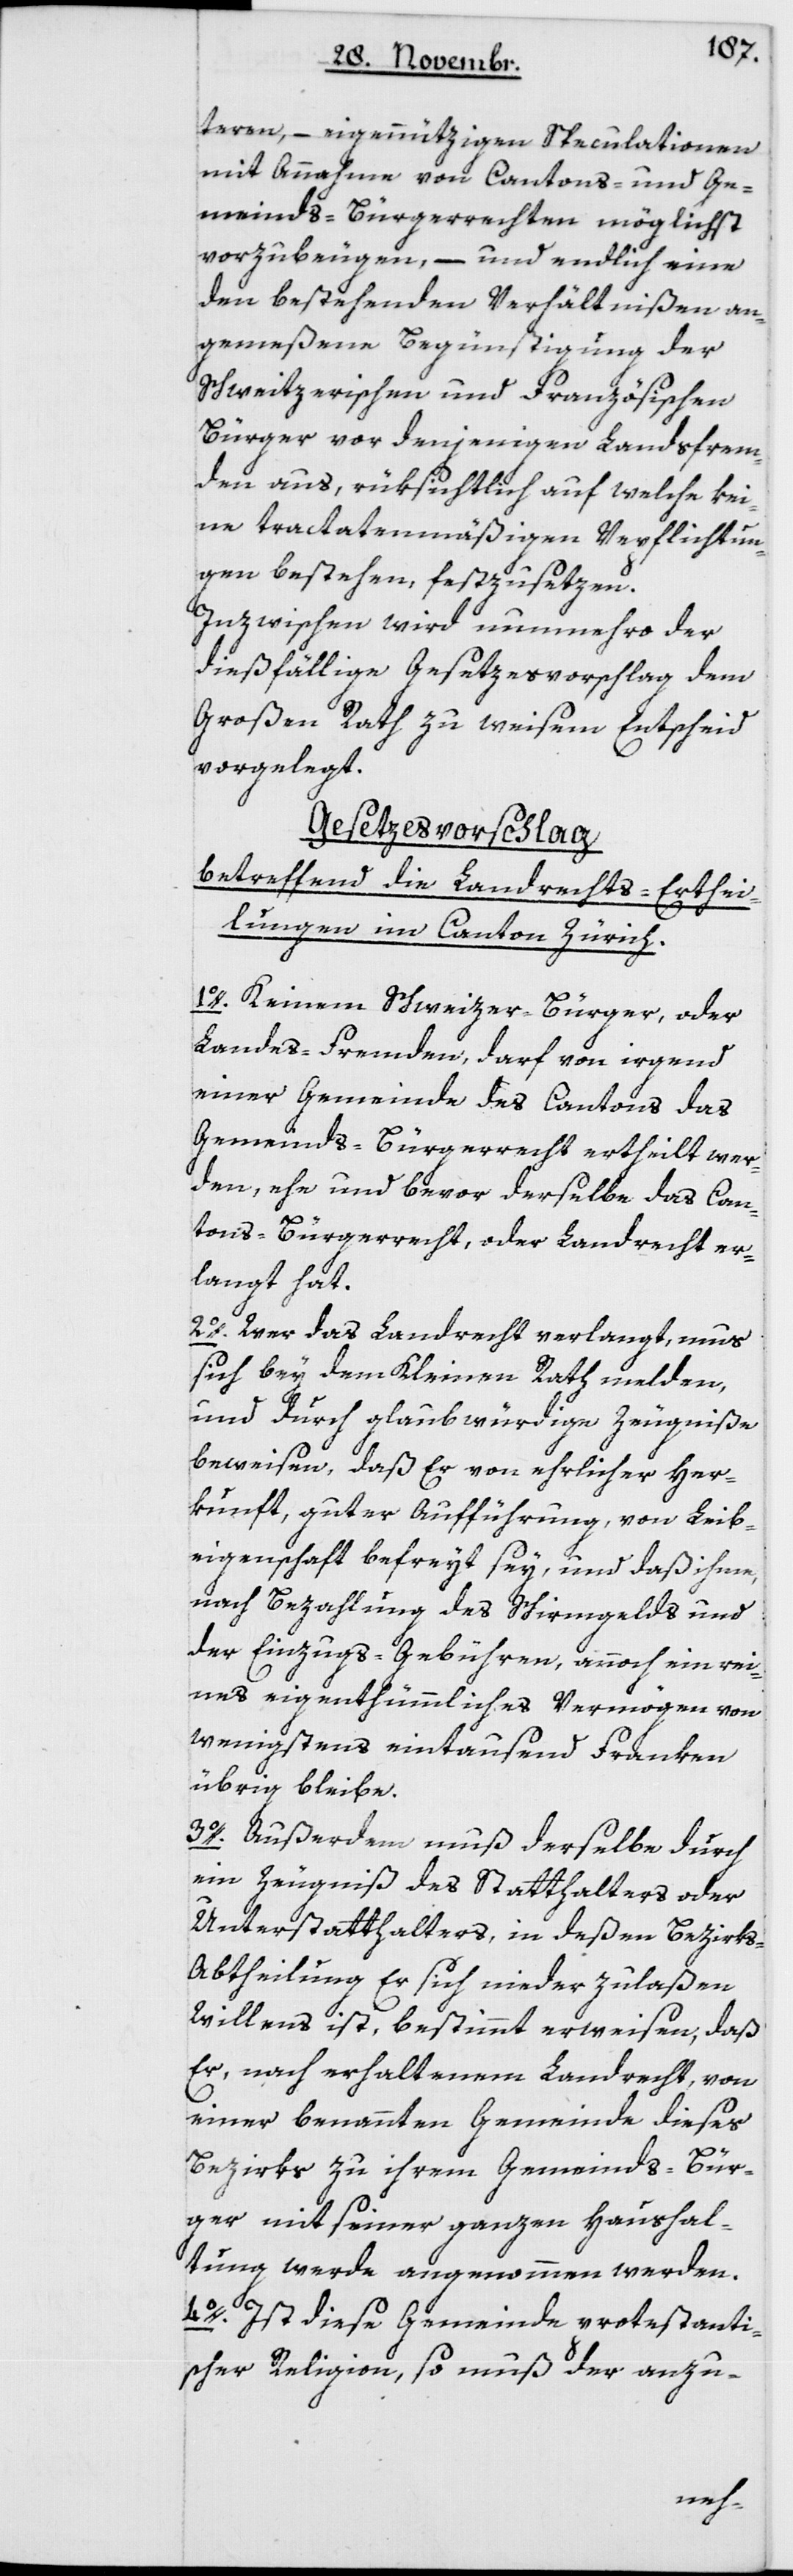
teren, – eigennützigen Speculationen
mit Annahme von Cantons- und Ge¬
meinds-Bürgerrechten möglichst
vorzubeugen, – und endlich eine
den bestehenden Verhältnißen an¬
gemeßene Begünstigung der
Schweitzerischen und Französischen
Bürger vor denjenigen Landsfrem¬
den aus, rüksichtlich auf welche kei¬
ne tractatenmäßigen Verpflichtun¬
gen bestehen, festzusetzen.
Inzwischen wird nunmehro der
diesfällige Gesetzesvorschlag dem
Großen Rath zu weisem Entscheid
vorgelegt.
Gesetzesvorschlag
betreffend die Landrechts-Erthei¬
lungen im Canton Zürich.
1. Keinem Schweizer-Bürger oder
Landes-Fremden darf von irgend
einer Gemeinde des Cantons das
Gemeinds-Bürgerrecht ertheilt wer¬
den, ehe und bevor derselbe das Can¬
tons-Bürgerrecht oder Landrecht er¬
langt hat.
2. Wer das Landrecht verlangt, mus
sich bey dem Kleinen Rath melden,
und durch glaubwürdige Zeugniße
beweisen, daß Er von ehrlicher Her¬
kunft, guter Aufführung, von Leib¬
eigenschaft befreyt sey, und daß ihme,
nach Bezahlung des Schirmgelds und
der Einzugs-Gebühren, annoch ein rei¬
nes eigenthümliches Vermögen von
wenigstens eintausend Franken
übrig bleibe.
3. Außerdem muß derselbe durch
ein Zeugniß des Statthalters oder
Unterstatthalters, in deßen Bezirks-A¬
btheilung er sich niederzulaßen
Willens ist, bestimmt erweisen, daß
er, nach erhaltenem Landrecht, von
einer benannten Gemeinde dieses
Bezirks zu ihrem Gemeinds-Bür¬
ger mit seiner ganzen Haushal¬
tung werde angenommen werden.
4. Ist diese Gemeinde protestanti¬
scher Religion, so muß der anzu-